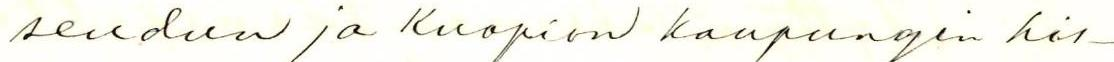
seudun ja Kuopion kaupungin his-